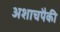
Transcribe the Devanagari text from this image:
अशाचपैकी